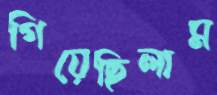
গিয়েছিলাম